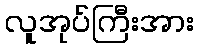
လူအုပ်ကြီးအား